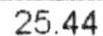
25.44